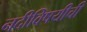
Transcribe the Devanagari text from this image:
नदीविषयीची